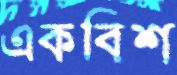
একবিশ্ব